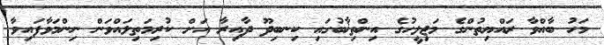
މަހު ބާއްވާ ރައްޔިތުންގެ މަޖިލީހުގެ އިންތިޚާބުގައި ކިނބިދޫ ދާއިރާ އަށް ކުރިމަތިލައްވަން ނިންމަވާފައިވާ